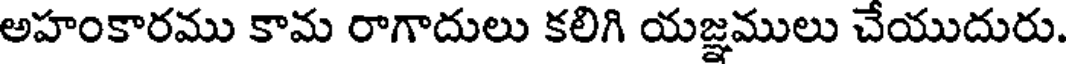
అహంకారము కామ రాగాదులు కలిగి యజ్ఞములు చేయుదురు.